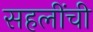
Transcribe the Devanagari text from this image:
सहलींची